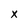
Character: x